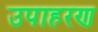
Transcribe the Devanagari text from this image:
उपाहरण